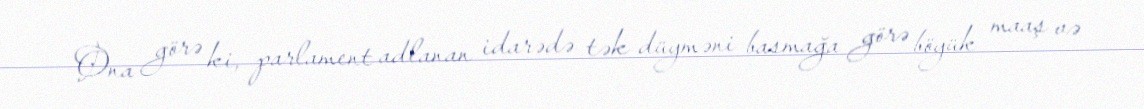
Ona görə ki, parlament adlanan idarədə tək düyməni basmağa görə böyük maaş və